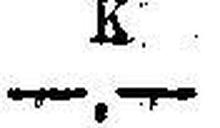
—.—